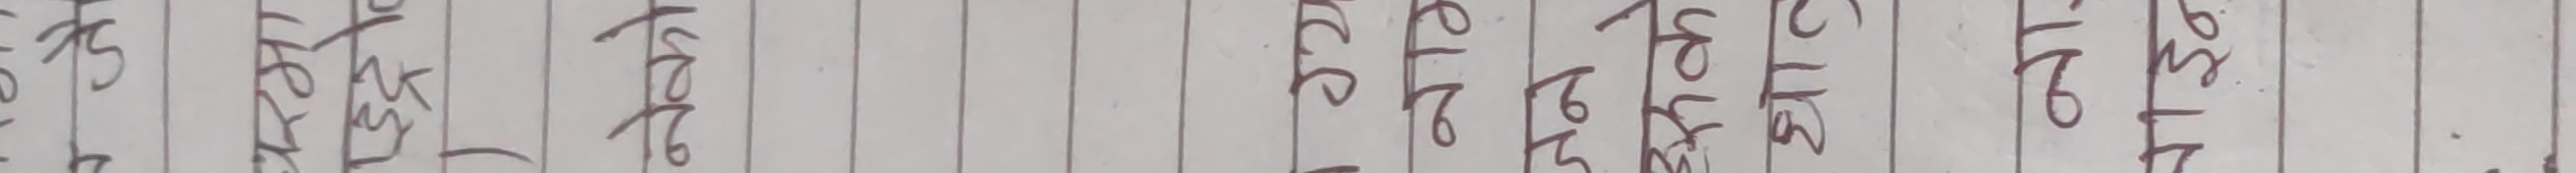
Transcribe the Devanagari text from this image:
वस्तु जाति समष्टि व्यष्टि प्रत्येक हरेक खेति हेर्न देखि गरि पनि देखिने